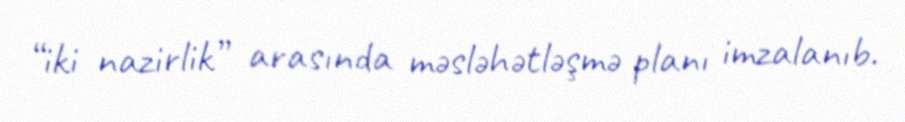
“iki nazirlik” arasında məsləhətləşmə planı imzalanıb.